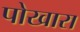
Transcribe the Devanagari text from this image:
पोखारा